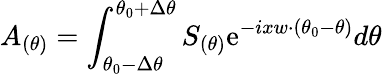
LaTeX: A_{(\theta)}=\int_{\theta_{0}-\Delta\theta}^{\theta_{0}+\Delta\theta}S_{(\theta)}\mathrm{e}^{-ixw\cdot(\theta_{0}-\theta)}d\theta